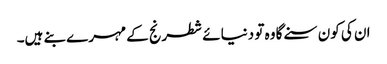
ان کی کون سنے گا وہ تو دنیائے شطرنج کے مہرے بنے ہیں۔